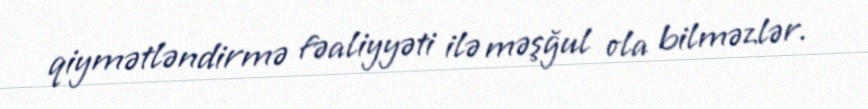
qiymətləndirmə fəaliyyəti ilə məşğul ola bilməzlər.